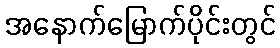
အနောက်မြောက်ပိုင်းတွင်